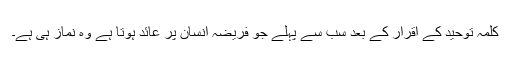
کلمہ توحید کے اقرار کے بعد سب سے پہلے جو فریضہ انسان پر عائد ہوتا ہے وہ نماز ہی ہے۔